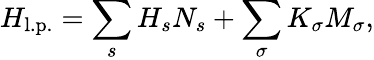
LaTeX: H_{\mathrm{l.p.}}=\sum_{s}H_{s}N_{s}+\sum_{\sigma}K_{\sigma}M_{\sigma},